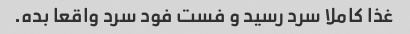
غذا کاملا سرد رسید و فست فود سرد واقعا بده.